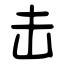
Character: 击